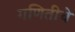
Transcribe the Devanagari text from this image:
गणितीचे